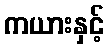
ကယားနှင့်